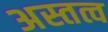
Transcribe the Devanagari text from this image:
अस्तत्व